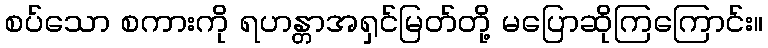
စပ်သော စကားကို ရဟန္တာအရှင်မြတ်တို့ မပြောဆိုကြကြောင်း။